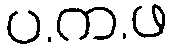
ပ.က.ဖ